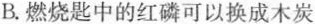
B.燃烧匙中的红磷可以换成木炭